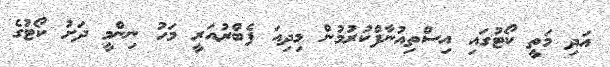
އަދި މަތީ ކޯޓުގައި އިސްތިއުނާފްކުރުމުން މިދިއަ ފެބްރުއަރީ މަހު ނިންމީ ދަށު ކޯޓުގެ